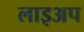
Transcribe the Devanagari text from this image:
लाइअप